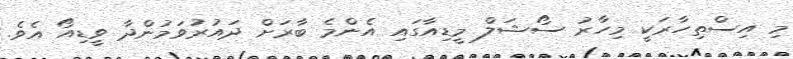
މި އިސްތިހާރަކީ މިހާރު ސޯޝަލް މީޑިއާގައި އެންމެ ބާރަށް ދައުރުވަމުންދާ ވީޑިއޯ އެވެ.